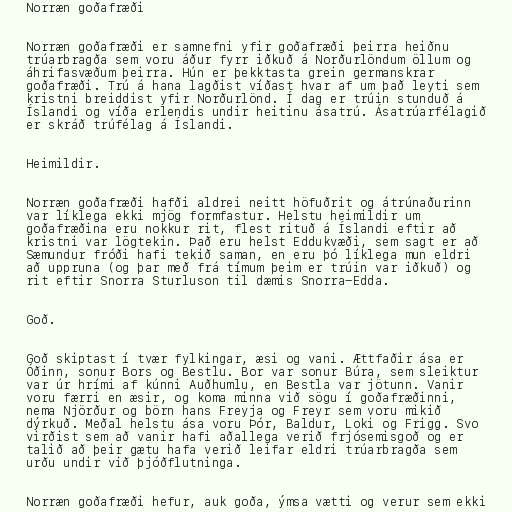
Norræn goðafræði

Norræn goðafræði er samnefni yfir goðafræði þeirra heiðnu
trúarbragða sem voru áður fyrr iðkuð á Norðurlöndum öllum og
áhrifasvæðum þeirra. Hún er þekktasta grein germanskrar
goðafræði. Trú á hana lagðist víðast hvar af um það leyti sem
kristni breiddist yfir Norðurlönd. Í dag er trúin stunduð á
Íslandi og víða erlendis undir heitinu ásatrú. Ásatrúarfélagið
er skráð trúfélag á Íslandi.

Heimildir.

Norræn goðafræði hafði aldrei neitt höfuðrit og átrúnaðurinn
var líklega ekki mjög formfastur. Helstu heimildir um
goðafræðina eru nokkur rit, flest rituð á Íslandi eftir að
kristni var lögtekin. Það eru helst Eddukvæði, sem sagt er að
Sæmundur fróði hafi tekið saman, en eru þó líklega mun eldri
að uppruna (og þar með frá tímum þeim er trúin var iðkuð) og
rit eftir Snorra Sturluson til dæmis Snorra-Edda.

Goð.

Goð skiptast í tvær fylkingar, æsi og vani. Ættfaðir ása er
Óðinn, sonur Bors og Bestlu. Bor var sonur Búra, sem sleiktur
var úr hrími af kúnni Auðhumlu, en Bestla var jötunn. Vanir
voru færri en æsir, og koma minna við sögu í goðafræðinni,
nema Njörður og börn hans Freyja og Freyr sem voru mikið
dýrkuð. Meðal helstu ása voru Þór, Baldur, Loki og Frigg. Svo
virðist sem að vanir hafi aðallega verið frjósemisgoð og er
talið að þeir gætu hafa verið leifar eldri trúarbragða sem
urðu undir við þjóðflutninga.

Norræn goðafræði hefur, auk goða, ýmsa vætti og verur sem ekki